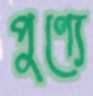
পুণ্যে